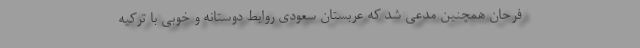
فرحان همچنین مدعی شد که عربستان سعودی روابط دوستانه و خوبی با ترکیه